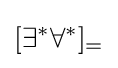
[\exists ^{*}\forall ^{*}]_{=}